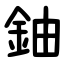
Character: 鈾